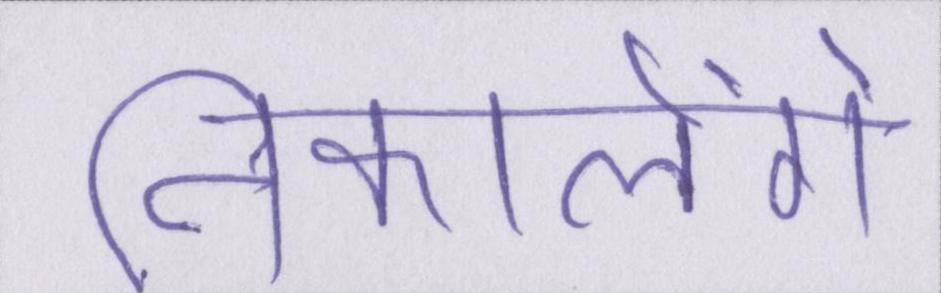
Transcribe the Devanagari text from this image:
निकालेंगे